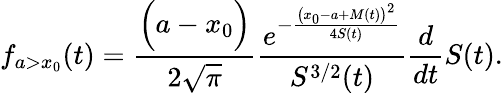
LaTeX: f_{a>x_{0}}(t)=\frac{\Big(a-x_{0}\Big)}{2\sqrt{\pi}}\frac{e^{-\frac{\big(x_{0}-a+M(t)\big)^{2}}{4S(t)}}}{S^{3/2}(t)}\frac{d}{dt}S(t).